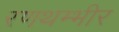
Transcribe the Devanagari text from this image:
रणथम्भीर